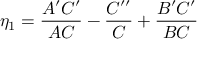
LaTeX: \eta _ { 1 } = { \frac { A ^ { \prime } C ^ { \prime } } { A C } } - { \frac { C ^ { \prime \prime } } { C } } + { \frac { B ^ { \prime } C ^ { \prime } } { B C } }